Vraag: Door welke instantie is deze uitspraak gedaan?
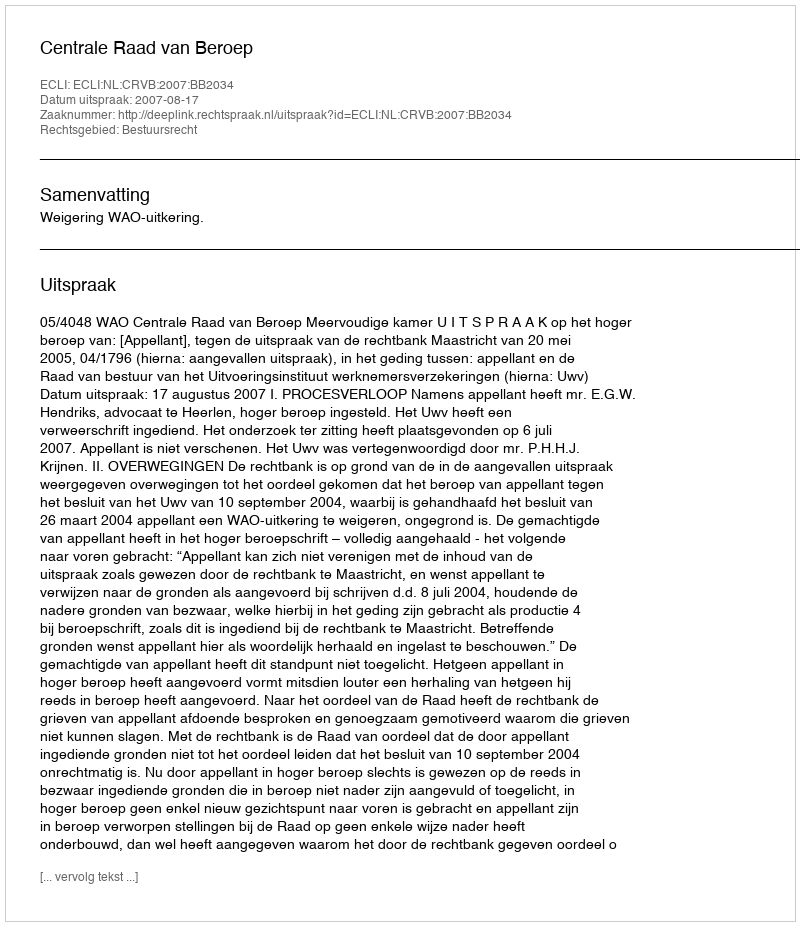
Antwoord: Centrale Raad van Beroep